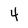
Character: 4